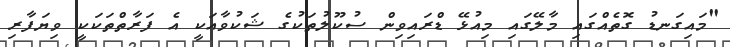
"މައިގަނޑު ގޮތެއްގައި މާލޭގައި މިއުޅޭ ޑްރައިވިން ސުކޫލުތަކުގެ ޝަކުވާއަކީ އެ ފަރާތްތަކަކީ ވިޔަފާރި